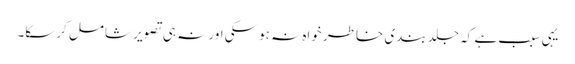
یہی سبب ہے کہ جلد بندی خاطر خواہ نہ ہوسکی اور نہ ہی تصویر شامل کرسکا۔